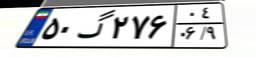
۵۰گ۲۷۶۰۴